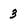
Character: 3